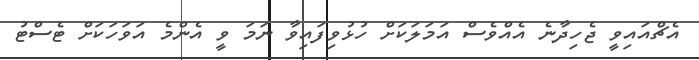
އެޗްއައިވީ ޖެހިދާނެ އެއްވެސް އަމަލަކަށް ހުޅުވިފައިވާ ނަމަ ވީ އެންމެ އަވަހަކަށް ޓެސްޓު